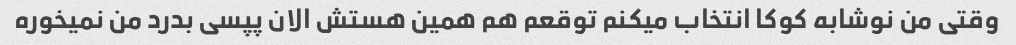
وقتی من نوشابه کوکا انتخاب میکنم توقعم هم همین هستش الان پپسی بدرد من نمیخوره